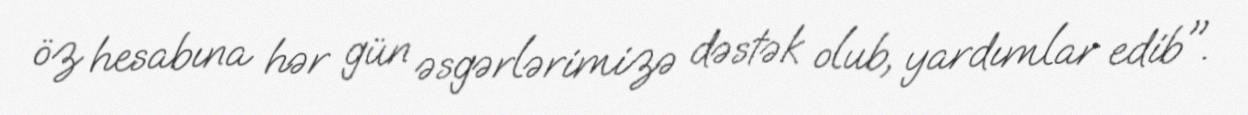
öz hesabına hər gün əsgərlərimizə dəstək olub, yardımlar edib".